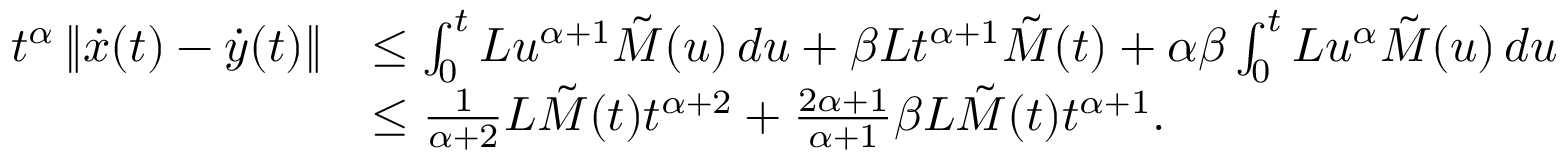
\begin{array} { r l } { t ^ { \alpha } \left\Vert \dot { x } ( t ) - \dot { y } ( t ) \right\Vert } & { \leq \int _ { 0 } ^ { t } L u ^ { \alpha + 1 } \tilde { M } ( u ) \, d u + \beta L t ^ { \alpha + 1 } \tilde { M } ( t ) + \alpha \beta \int _ { 0 } ^ { t } L u ^ { \alpha } \tilde { M } ( u ) \, d u } \\ & { \le \frac { 1 } { \alpha + 2 } L \tilde { M } ( t ) t ^ { \alpha + 2 } + \frac { 2 \alpha + 1 } { \alpha + 1 } \beta L \tilde { M } ( t ) t ^ { \alpha + 1 } . } \end{array}